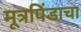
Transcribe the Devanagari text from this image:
मूत्रपिंडाचा